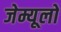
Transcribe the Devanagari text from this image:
जेम्यूलों